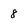
Character: 8